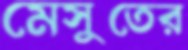
মেসুতের